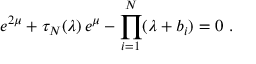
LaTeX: e ^ { 2 \mu } + \tau _ { N } ( \lambda ) \, e ^ { \mu } - \prod _ { i = 1 } ^ { N } ( \lambda + b _ { i } ) = 0 ~ .